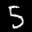
Label: 5